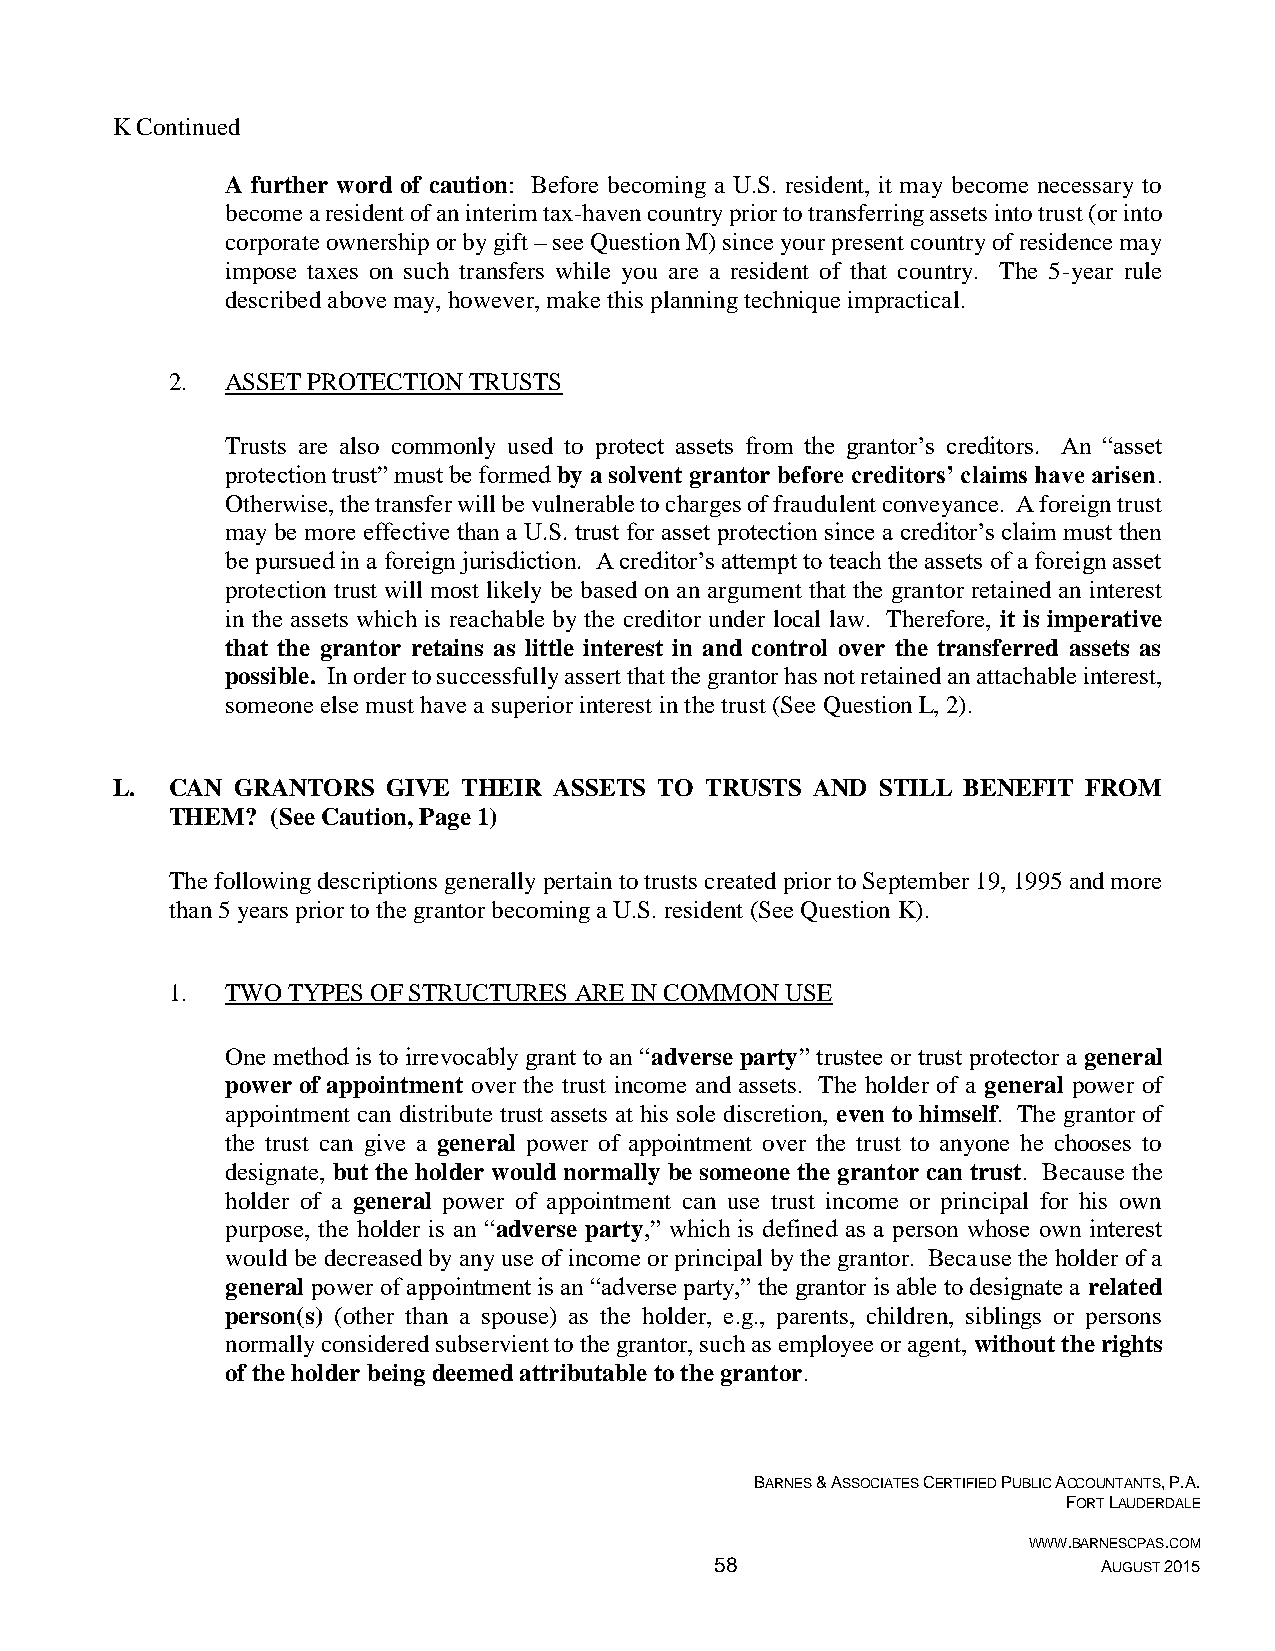
K Continued
 A further word of caution: Before becoming a U.S. resident, it may become necessary to
 become a resident of an interim tax-haven country prior to transferring assets into trust (or into
 corporate ownership or by gift – see Question M) since your present country of residence may
 impose taxes on such transfers while you are a resident of that country. The 5-year rule
 described above may, however, make this planning technique impractical.
 2.  ASSET PROTECTION TRUSTS
 Trusts are also commonly used to protect assets from the grantor’s creditors. An “asset
 protection trust” must be formed by a solvent grantor before creditors’ claims have arisen.
 Otherwise, the transfer will be vulnerable to charges of fraudulent conveyance. A foreign trust
 may be more effective than a U.S. trust for asset protection since a creditor’s claim must then
 be pursued in a foreign jurisdiction. A creditor’s attempt to teach the assets of a foreign asset
 protection trust will most likely be based on an argument that the grantor retained an interest
 in the assets which is reachable by the creditor under local law. Therefore, it is imperative
 that the grantor retains as little interest in and control over the transferred assets as
 possible. In order to successfully assert that the grantor has not retained an attachable interest,
 someone else must have a superior interest in the trust (See Question L, 2).
 L.  CAN  GRANTORS  GIVE THEIR ASSETS TO TRUSTS AND STILL BENEFIT FROM
 THEM?  (See Caution, Page 1)
 The following descriptions generally pertain to trusts created prior to September 19, 1995 and more
 than 5 years prior to the grantor becoming a U.S. resident (See Question K).
 1.  TWO TYPES OF STRUCTURES ARE IN COMMON USE
 One method is to irrevocably grant to an “adverse party” trustee or trust protector a general
 power of appointment over the trust income and assets. The holder of a general power of
 appointment can distribute trust assets at his sole discretion, even to himself. The grantor of
 the trust can give a general power of appointment over the trust to anyone he chooses to
 designate, but the holder would normally be someone the grantor can trust. Because the
 holder of a general power of appointment can use trust income or principal for his own
 purpose, the holder is an “adverse party,” which is defined as a person whose own interest
 would be decreased by any use of income or principal by the grantor. Because the holder of a
 general power of appointment is an “adverse party,” the grantor is able to designate a related
 person(s) (other than a spouse) as the holder, e.g., parents, children, siblings or persons
 normally considered subservient to the grantor, such as employee or agent, without the rights
 of the holder being deemed attributable to the grantor.
 BARNES & ASSOCIATES CERTIFIED PUBLIC ACCOUNTANTS, P.A.
 FORT LAUDERDALE
 WWW.BARNESCPAS.COM
 58                        AUGUST 2015